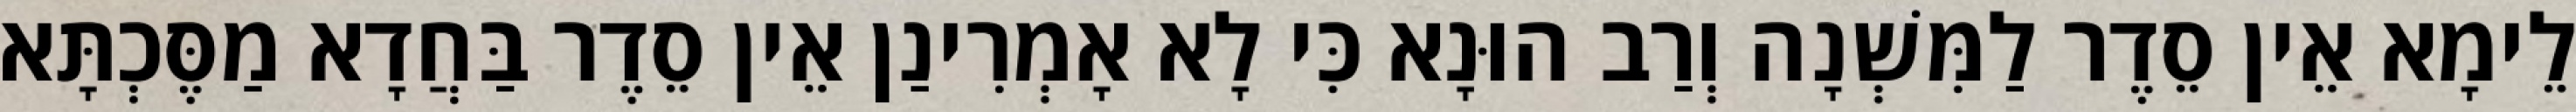
לֵימָא אֵין סֵדֶר לַמִּשְׁנָה וְרַב הוּנָא כִּי לָא אָמְרִינַן אֵין סֵדֶר בַּחֲדָא מַסֶּכְתָּא